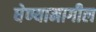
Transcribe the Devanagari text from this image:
घेण्यामागील